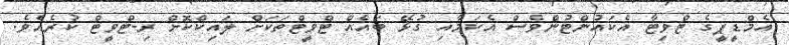
އެމްޑީޕީގެ ޓްވިޓާ އެކައުންޓުންވެސް އެކަމާއި ގުޅޭ ބައެއް ޓްވީޓްތަކަށް ލައިކްކޮށް ރި-ޓްވީޓް ކުރެއެވެ.